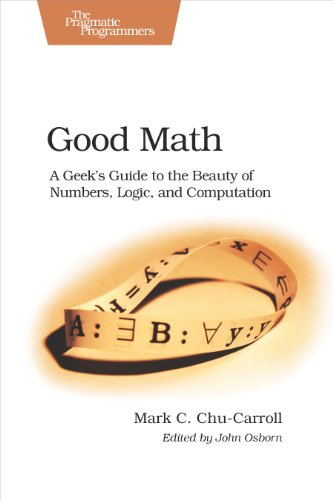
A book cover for Good Math: A Geek's Guide to the Beauty of Numbers, Logic, and Computation (Pragmatic Programmers); Mark C. Chu-Carroll; Computers & Technology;